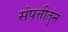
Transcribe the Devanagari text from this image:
संपत्तीतुन